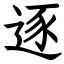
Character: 逐